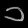
Digit: ၁